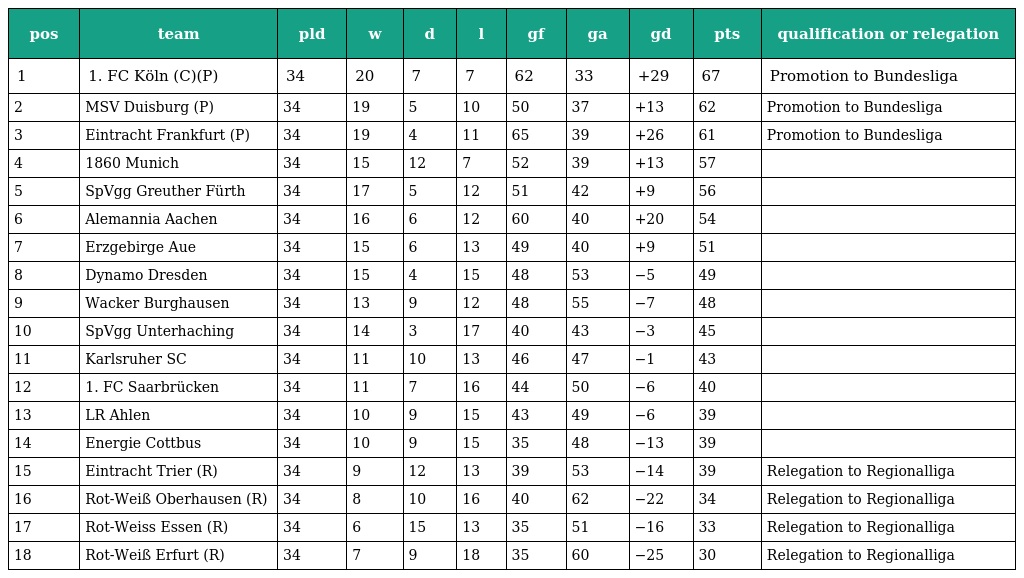
| pos | team | pld | w | d | l | gf | ga | gd | pts | qualification or relegation |
 | --- | --- | --- | --- | --- | --- | --- | --- | --- | --- | --- |
 | 1 | 1. FC Köln (C)(P) | 34 | 20 | 7 | 7 | 62 | 33 | +29 | 67 | Promotion to Bundesliga |
 | 2 | MSV Duisburg (P) | 34 | 19 | 5 | 10 | 50 | 37 | +13 | 62 | Promotion to Bundesliga |
 | 3 | Eintracht Frankfurt (P) | 34 | 19 | 4 | 11 | 65 | 39 | +26 | 61 | Promotion to Bundesliga |
 | 4 | 1860 Munich | 34 | 15 | 12 | 7 | 52 | 39 | +13 | 57 |  |
 | 5 | SpVgg Greuther Fürth | 34 | 17 | 5 | 12 | 51 | 42 | +9 | 56 |  |
 | 6 | Alemannia Aachen | 34 | 16 | 6 | 12 | 60 | 40 | +20 | 54 |  |
 | 7 | Erzgebirge Aue | 34 | 15 | 6 | 13 | 49 | 40 | +9 | 51 |  |
 | 8 | Dynamo Dresden | 34 | 15 | 4 | 15 | 48 | 53 | −5 | 49 |  |
 | 9 | Wacker Burghausen | 34 | 13 | 9 | 12 | 48 | 55 | −7 | 48 |  |
 | 10 | SpVgg Unterhaching | 34 | 14 | 3 | 17 | 40 | 43 | −3 | 45 |  |
 | 11 | Karlsruher SC | 34 | 11 | 10 | 13 | 46 | 47 | −1 | 43 |  |
 | 12 | 1. FC Saarbrücken | 34 | 11 | 7 | 16 | 44 | 50 | −6 | 40 |  |
 | 13 | LR Ahlen | 34 | 10 | 9 | 15 | 43 | 49 | −6 | 39 |  |
 | 14 | Energie Cottbus | 34 | 10 | 9 | 15 | 35 | 48 | −13 | 39 |  |
 | 15 | Eintracht Trier (R) | 34 | 9 | 12 | 13 | 39 | 53 | −14 | 39 | Relegation to Regionalliga |
 | 16 | Rot-Weiß Oberhausen (R) | 34 | 8 | 10 | 16 | 40 | 62 | −22 | 34 | Relegation to Regionalliga |
 | 17 | Rot-Weiss Essen (R) | 34 | 6 | 15 | 13 | 35 | 51 | −16 | 33 | Relegation to Regionalliga |
 | 18 | Rot-Weiß Erfurt (R) | 34 | 7 | 9 | 18 | 35 | 60 | −25 | 30 | Relegation to Regionalliga |